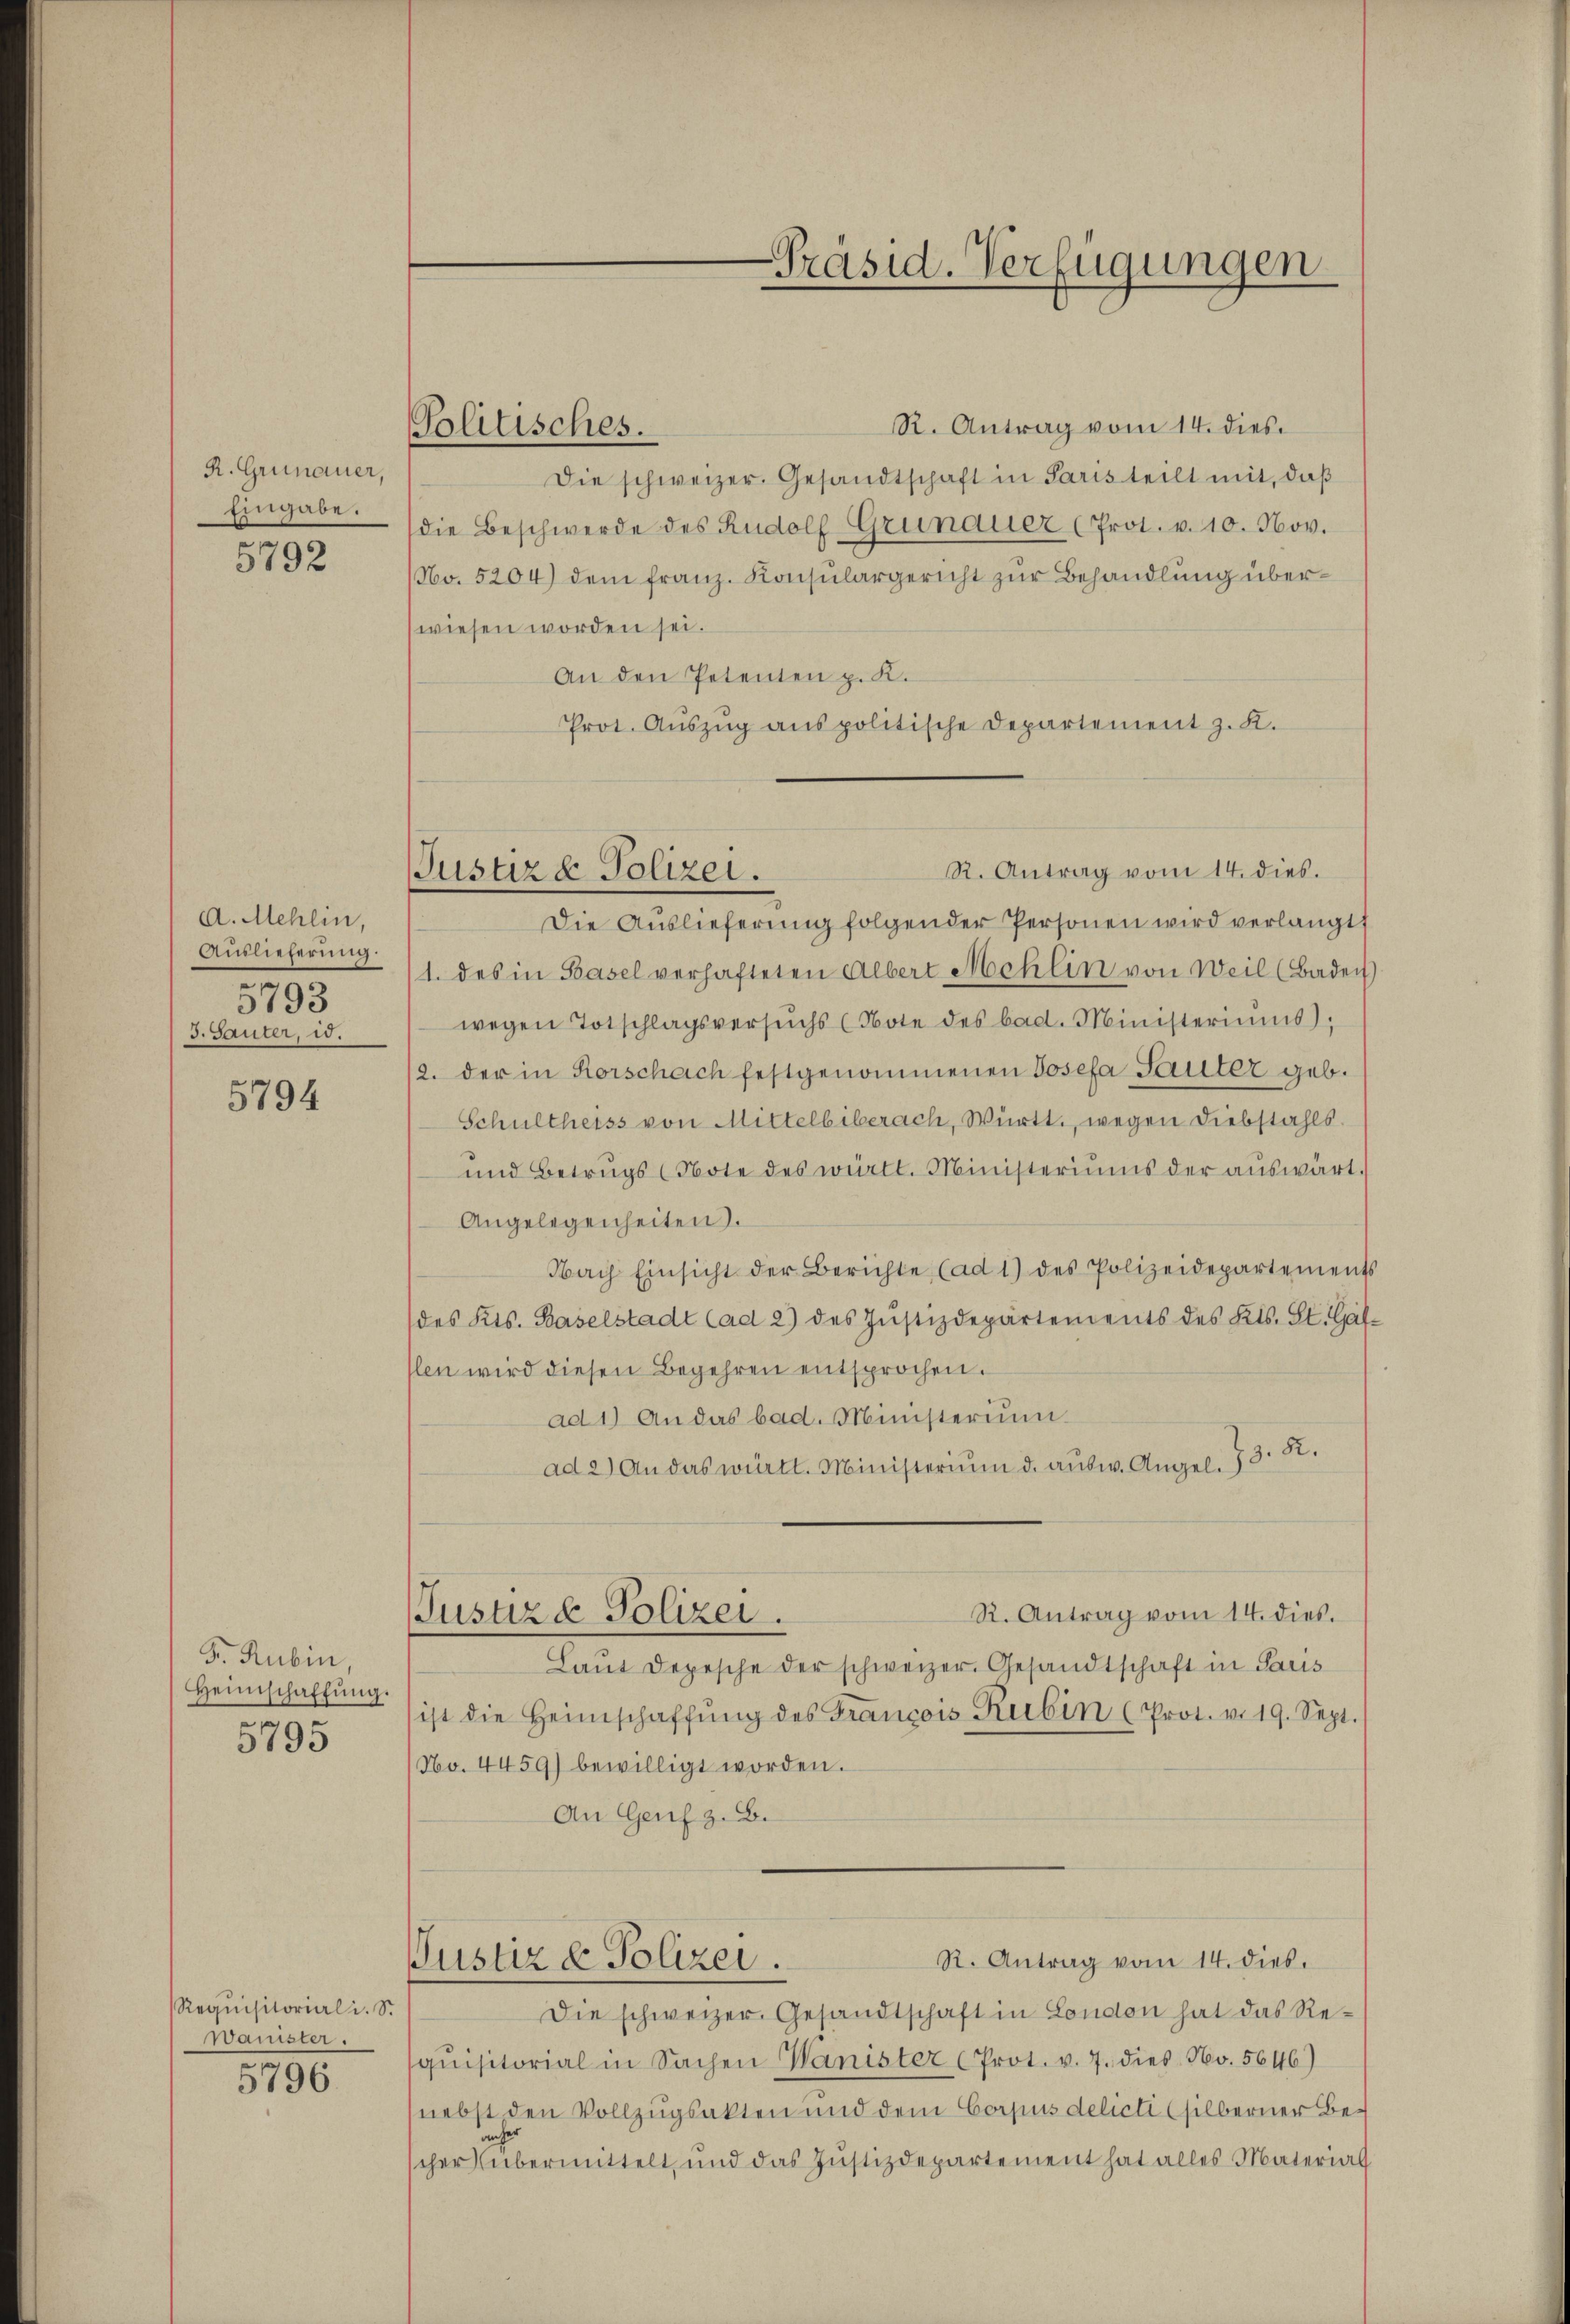
R. Grünauer,
Eingabe.
5792

A. Mehlin,
Auslieferung.
5793
3. Sauter, 15.

5794

F. Rubin,
Heimschaffŭng.
5795

Requisitoriali. S.
wanister.
5796

Politisches.

Justiz & Polizei.

R. Antrag vom 14. dies
Die schweizer. Gesandtschaft in Paris teilt mit, daß
die Beschwerde des Rudolf-Grünauer (Prot. v. 10. Nov.
No. 5204) dem franz. Konsulargericht zur Behandlung überwiesen worden sei.
An den Petenten p. K.
Prot. Auszug aus politische Departement z. K.
R. Antrag vom 14. dies.
Die Auslieferung folgender Personen wird verlangt,
1. des in Basel verhafteten Albert Mehlin von Weil (Baden
wegen Totschlagsversuchs (Note des bad. Ministeriums,
2. der in Rorschach festgenommenen Josefa Sauter geb.
Schultheiss von Mittelbiberach, Württ. wegen Diebstahls.
und Betrugs (Note des württ. Ministeriums der aŭswärt.
Angelegenheiten.
Nach Einsicht der Berichte (ad 1) des Polizeidepartements
des Kts. Baselstadt (ad 2) des Justizdepartements des Kts. St. Gal-
len wird diesen Begehren entsprochen.
ad 1) An das bad. Ministerium
ad 2.) An das württ. Ministerium d. aŭsw. Angel. 73. K.
R. Antrag vom 14. dies.
Justiz & Polizei.
Laŭt Depesche der schweizer. Gesandtschaft in Saus
ist die Heimschaffŭng des Francois Rubin (Prot. v. 19. Sept.
No. 4459) bewilligt worden.
An Genf z. B.
R. Antrag vom 14. dies.
Justiz & Polizei.
Die schweizer Gesandtschaft in London hat das Reqŭisitorial in Sachen Wanister (Prot. v. 7. dies No. 5646)
nebst den Vollzugsakten und dem Corpus delicti (silberner Becher übermittelt, und das Justizdepartement hat alles Material

-Präsid. Verfügungen